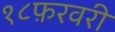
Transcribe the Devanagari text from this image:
१८फ़रवरी